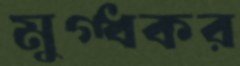
মুগ্ধকর